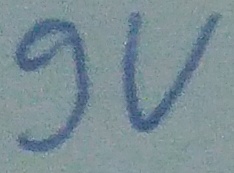
Text: 9v